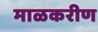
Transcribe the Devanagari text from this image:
माळकरीण